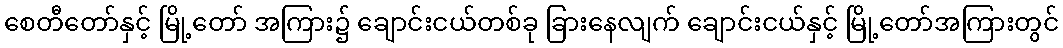
စေတီတော်နှင့် မြို့တော် အကြား၌ ချောင်းငယ်တစ်ခု ခြားနေလျက် ချောင်းငယ်နှင့် မြို့တော်အကြားတွင်